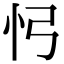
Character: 𢖸